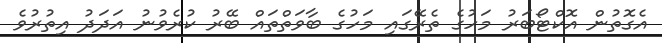
އެގޮތުން އޮކްޓޯބަރު މަހުގެ ތެރޭގައި މަހުގެ ބާވަތްތައް ބޭރު ކުރެވުނު އަދަދު އިތުރުވެ